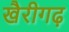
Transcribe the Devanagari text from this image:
खैरीगढ़